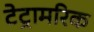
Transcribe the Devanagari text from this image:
टेट्रामरिक